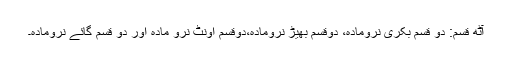
آٹھ قسم: دو قسم بکری نرومادہ، دوقسم بھیڑ نرومادہ،دوقسم اونٹ نرو مادہ اور دو قسم گائے نرومادہ۔